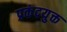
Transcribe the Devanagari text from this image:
प्रकंदयुक्त